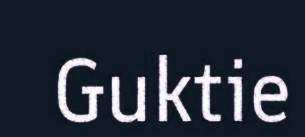
Guktie